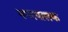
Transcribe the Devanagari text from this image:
नगरपालक